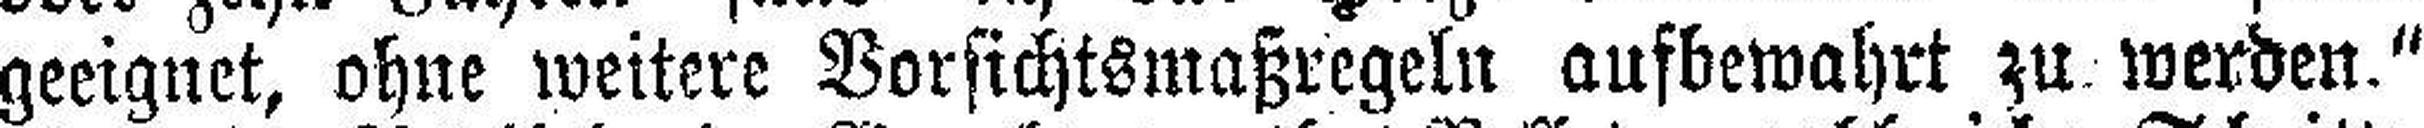
geeignet, ohne weitere Vorsichtsmaßregeln anfbewahrt zu werden."